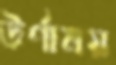
উর্ণাময়